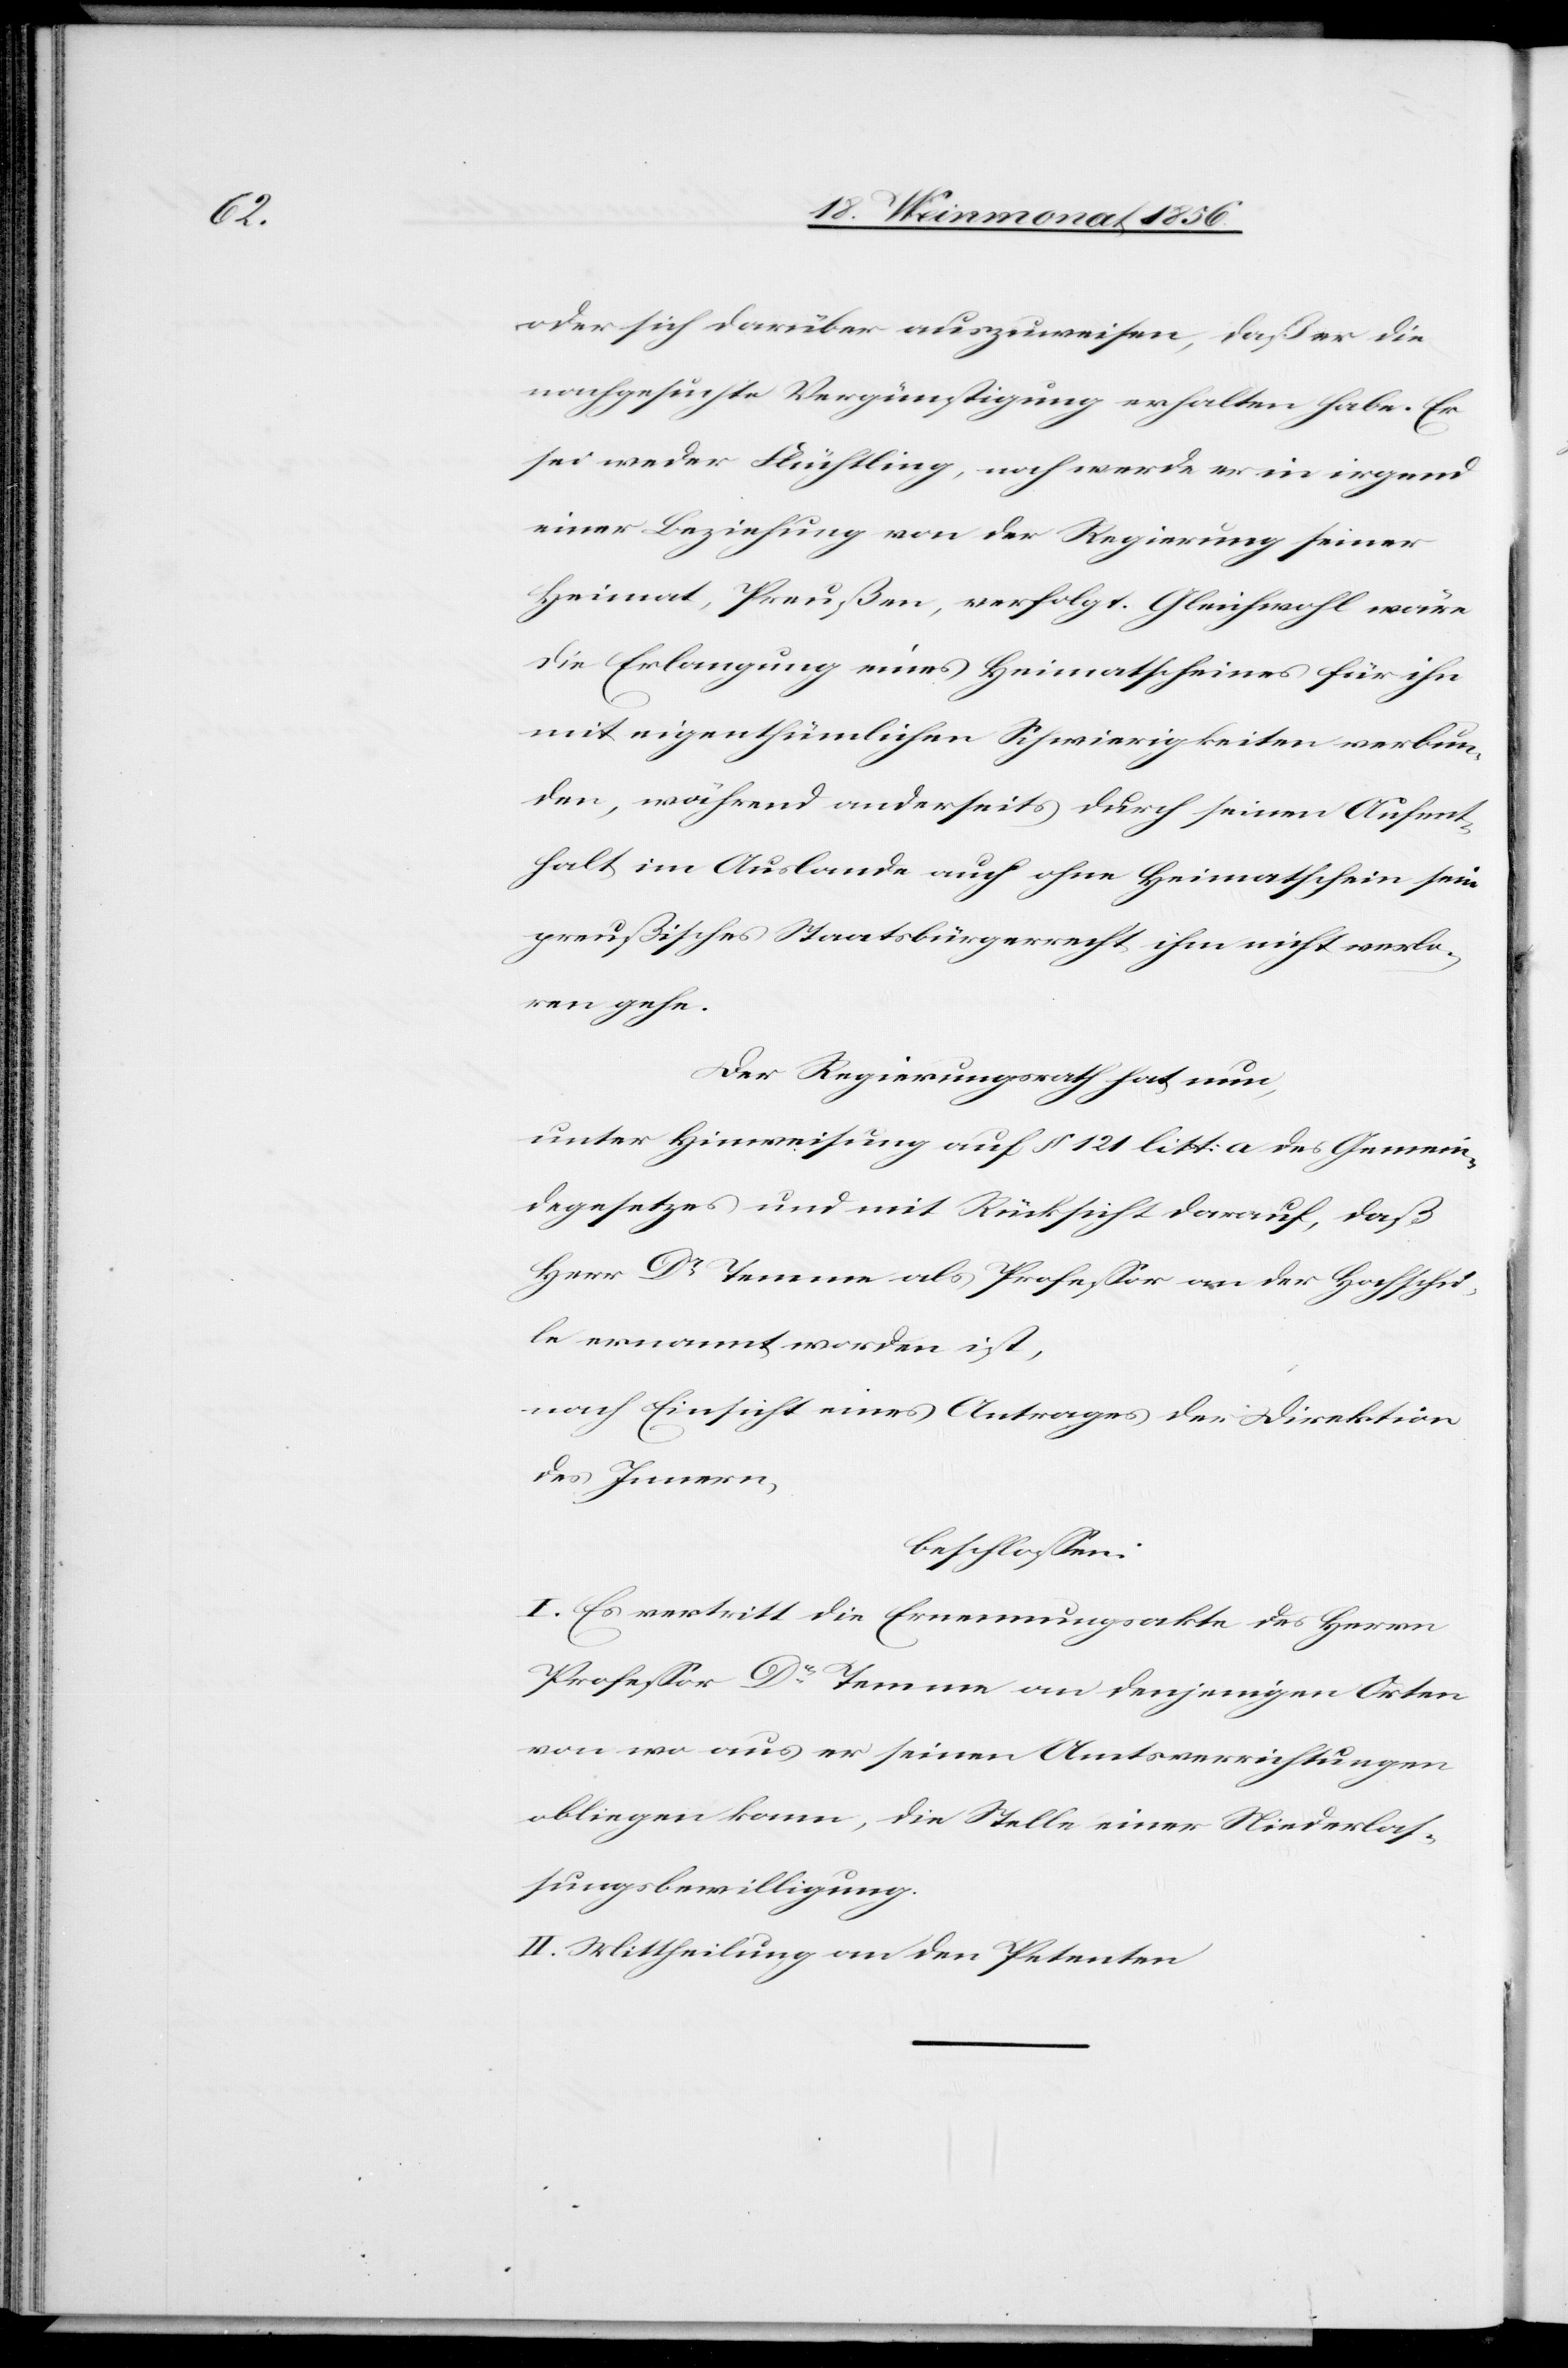
oder sich darüber auszuweisen, daß er die
nachgesuchte Vergünstigung erhalten habe. Er
sei weder Flüchtling, noch werde er in irgend
einer Beziehung von der Regierung seiner
Heimat, Preußen, verfolgt. Gleichwohl wäre
die Erlangung eines Heimatscheines für ihn
mit eigenthümlichen Schwierigkeiten verbun¬
den, während anderseits durch seinen Aufent¬
halt im Auslande auch ohne Heimatschein sein
preußisches Staatsbürgerrecht ihm nicht verlo¬
ren gehe.
Der Regierungsrath hat nun,
unter Hinweisung auf § 121 litt: a des Gemein¬
degesetzes und mit Rücksicht darauf, daß
Herr Dr Temme als Professor an der Hochschu¬
le ernannt worden ist,
nach Einsicht eines Antrages der Direktion
des Innern,
beschlossen:
I. Es vertritt die Ernennungsakte des Herrn
Professor Dr Temme an denjenigen Orten
von wo aus er seinen Amtsverrichtungen
obliegen kann, die Stelle einer Niederlas¬
sungsbewilligung.
II. Mittheilung an den Petenten.